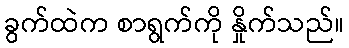
ခွက်ထဲက စာရွက်ကို နှိုက်သည်။